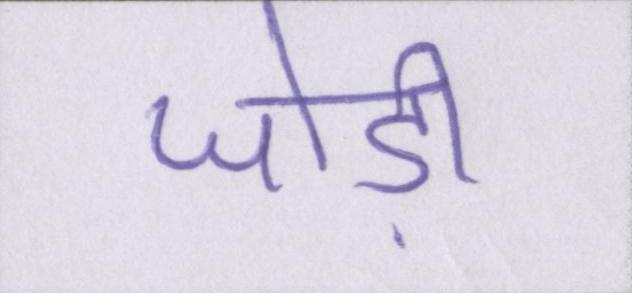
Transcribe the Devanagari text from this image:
जोड़ी